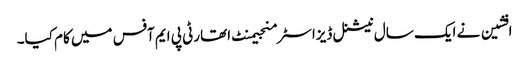
افشین نے ایک سال نیشنل ڈیزاسٹر منجیمنٹ اتھارٹی پی ایم آفس میں کام کیا۔